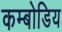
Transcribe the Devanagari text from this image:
कम्बोडिय